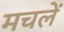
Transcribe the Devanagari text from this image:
मचलें